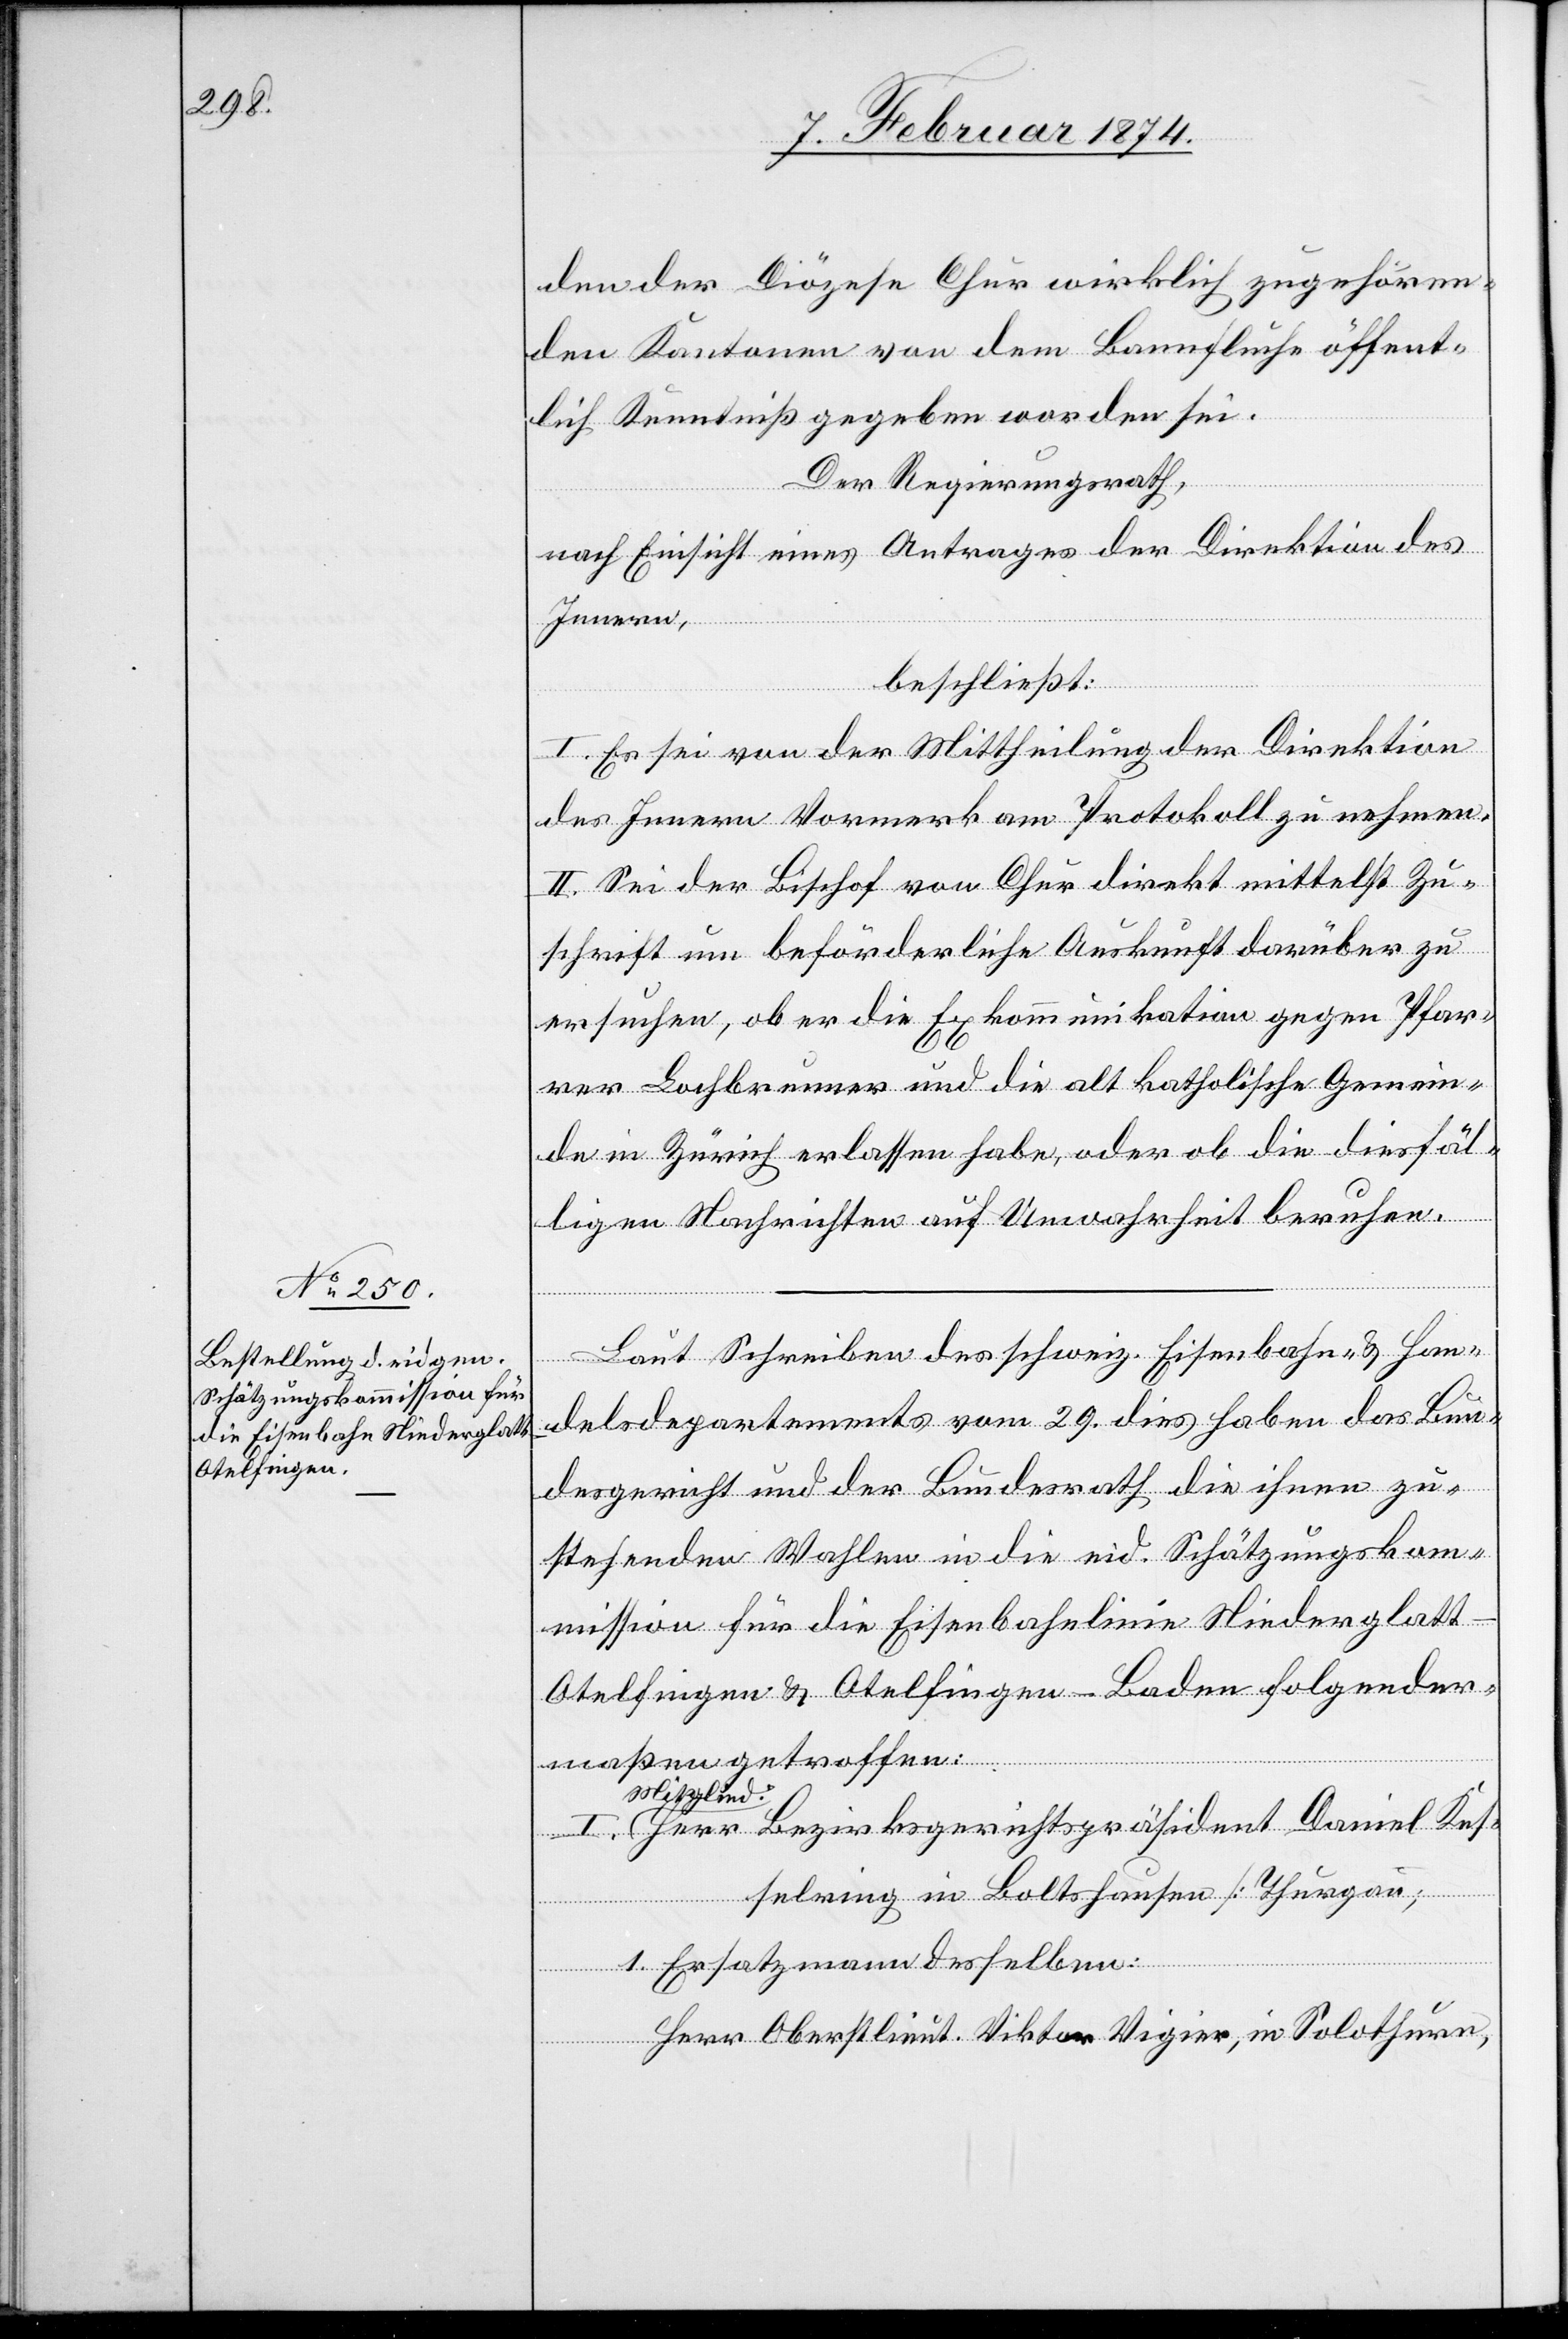
den der Diözese Chur wirklich zugehören¬
den Kantonen von dem Bannfluche öffent¬
lich Kenntniß gegeben worden sei.
Der Regierungsrath,
nach Einsicht eines Antrages der Direktion des
Innern,
beschließt:
I. Es sei von der Mittheilung der Direktion
des Innern Vormerk am Protokoll zu nehmen.
II. Sei der Bischof von Chur direkt mittelst Zu¬
schrift um beförderliche Auskunft darüber zu
ersuchen, ob er die Exkommunikation gegen Pfar¬
rer Lochbrunner und die altkatholische Gemein¬
de in Zürich erlassen habe, oder ob die diesfäl¬
ligen Nachrichten auf Unwahrheit beruhen.
Laut Schreiben des schweiz. Eisenbahn- u. Han¬
delsdepartements vom 29. dies haben das Bun¬
desgericht und der Bundesrath die ihnen zu¬
stehenden Wahlen in die eid. Schätzungskom¬
mission für die Eisenbahnlinie Niederglatt-O¬
telfingen u. Otelfingen-Baden folgender¬
maßen getroffen:
Mitglied:
Herr Bezirksgerichtspräsident Daniel Kes¬
selring in Boltshausen [Thurgau]
1. Erstatzmann desselben:
Herr Oberstlieut. Viktor Vigier, in Solothurn,